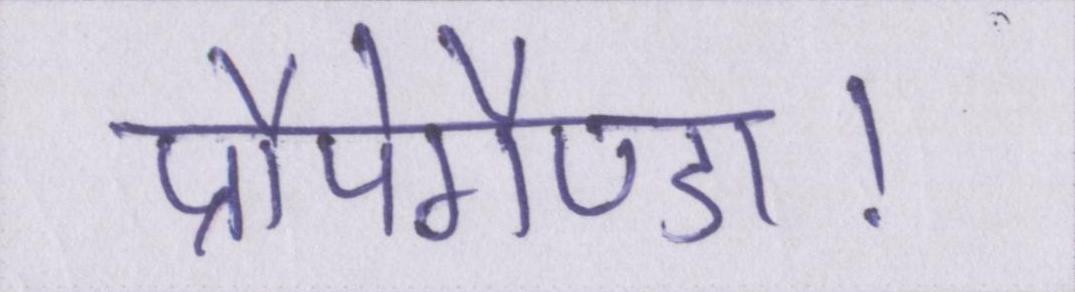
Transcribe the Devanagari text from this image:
प्रौपेगैण्डा।